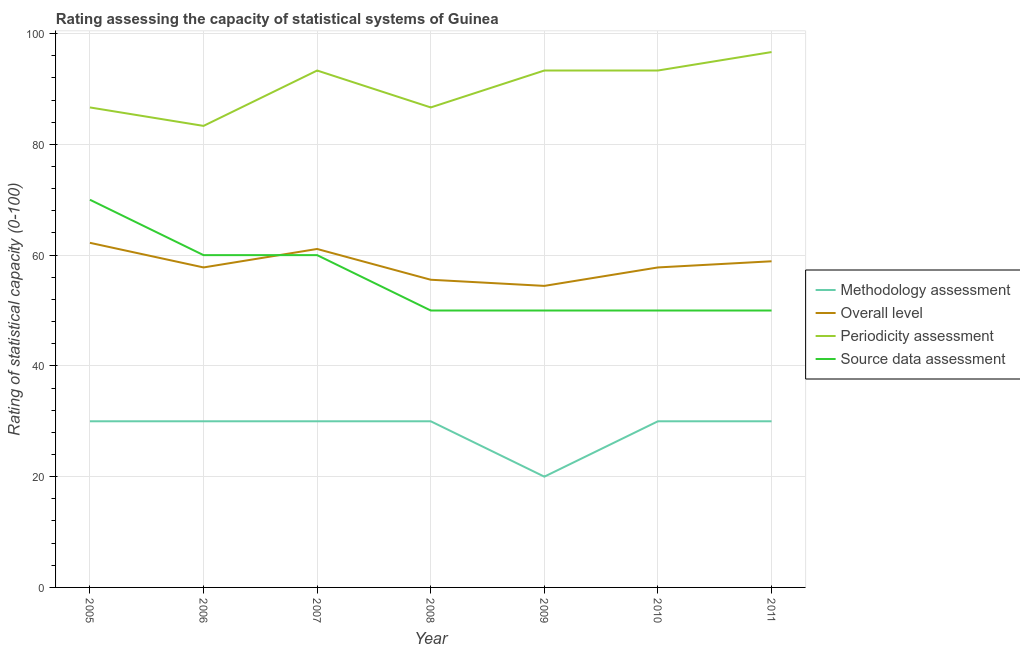
| Year | Methodology assessment | Overall level | Periodicity assessment | Source data assessment |
 | --- | --- | --- | --- | --- |
 | 2005 | 30 | 62.2 | 86.7 | 70 |
 | 2006 | 30 | 57.8 | 83.3 | 60 |
 | 2007 | 30 | 61.1 | 93.3 | 60 |
 | 2008 | 30 | 55.6 | 86.7 | 50 |
 | 2009 | 20 | 54.4 | 93.3 | 50 |
 | 2010 | 30 | 57.8 | 93.3 | 50 |
 | 2011 | 30 | 58.9 | 96.7 | 50 |